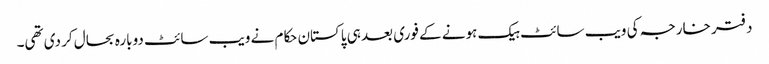
دفتر خارجہ کی ویب سائٹ ہیک ہونے کے فوری بعد ہی پاکستان حکام نے ویب سائٹ دوبارہ بحال کر دی تھی۔